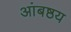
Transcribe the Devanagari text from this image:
आंबष्ठय